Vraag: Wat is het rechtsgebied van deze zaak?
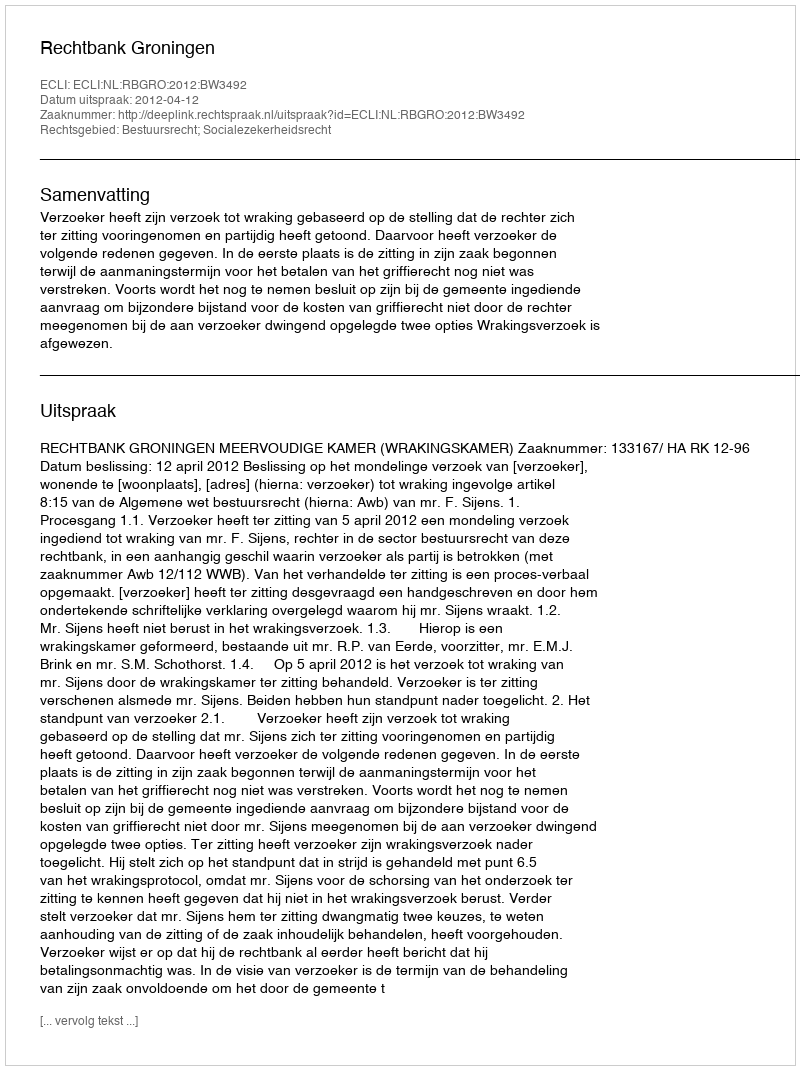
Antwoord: Bestuursrecht; Socialezekerheidsrecht